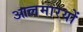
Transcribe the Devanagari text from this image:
आलमारयों